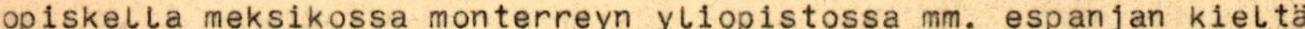
opiskella meksikossa monterreyn yliopistossa mm. espanjan kieltä